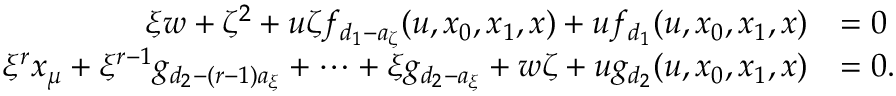
\begin{array} { r l } { \xi w + \zeta ^ { 2 } + u \zeta f _ { d _ { 1 } - a _ { \zeta } } ( u , x _ { 0 } , x _ { 1 } , x ) + u f _ { d _ { 1 } } ( u , x _ { 0 } , x _ { 1 } , x ) } & { = 0 } \\ { \xi ^ { r } x _ { \mu } + \xi ^ { r - 1 } g _ { d _ { 2 } - ( r - 1 ) a _ { \xi } } + \cdots + \xi g _ { d _ { 2 } - a _ { \xi } } + w \zeta + u g _ { d _ { 2 } } ( u , x _ { 0 } , x _ { 1 } , x ) } & { = 0 . } \end{array}